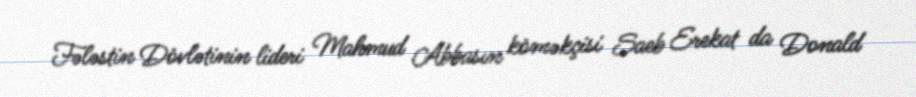
Fələstin Dövlətinin lideri Mahmud Abbasın köməkçisi Saeb Erekat da Donald